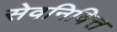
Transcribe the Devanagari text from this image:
सेवनिवित्त